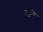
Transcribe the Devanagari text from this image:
जवें